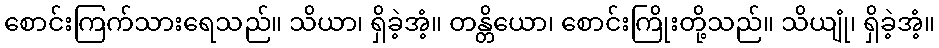
စောင်းကြက်သားရေသည်။ သိယာ၊ ရှိခဲ့အံ့။ တန္တိယော၊ စောင်းကြိုးတို့သည်။ သိယျုံ၊ ရှိခဲ့အံ့။